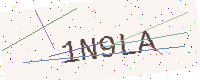
Text: 1N9LA